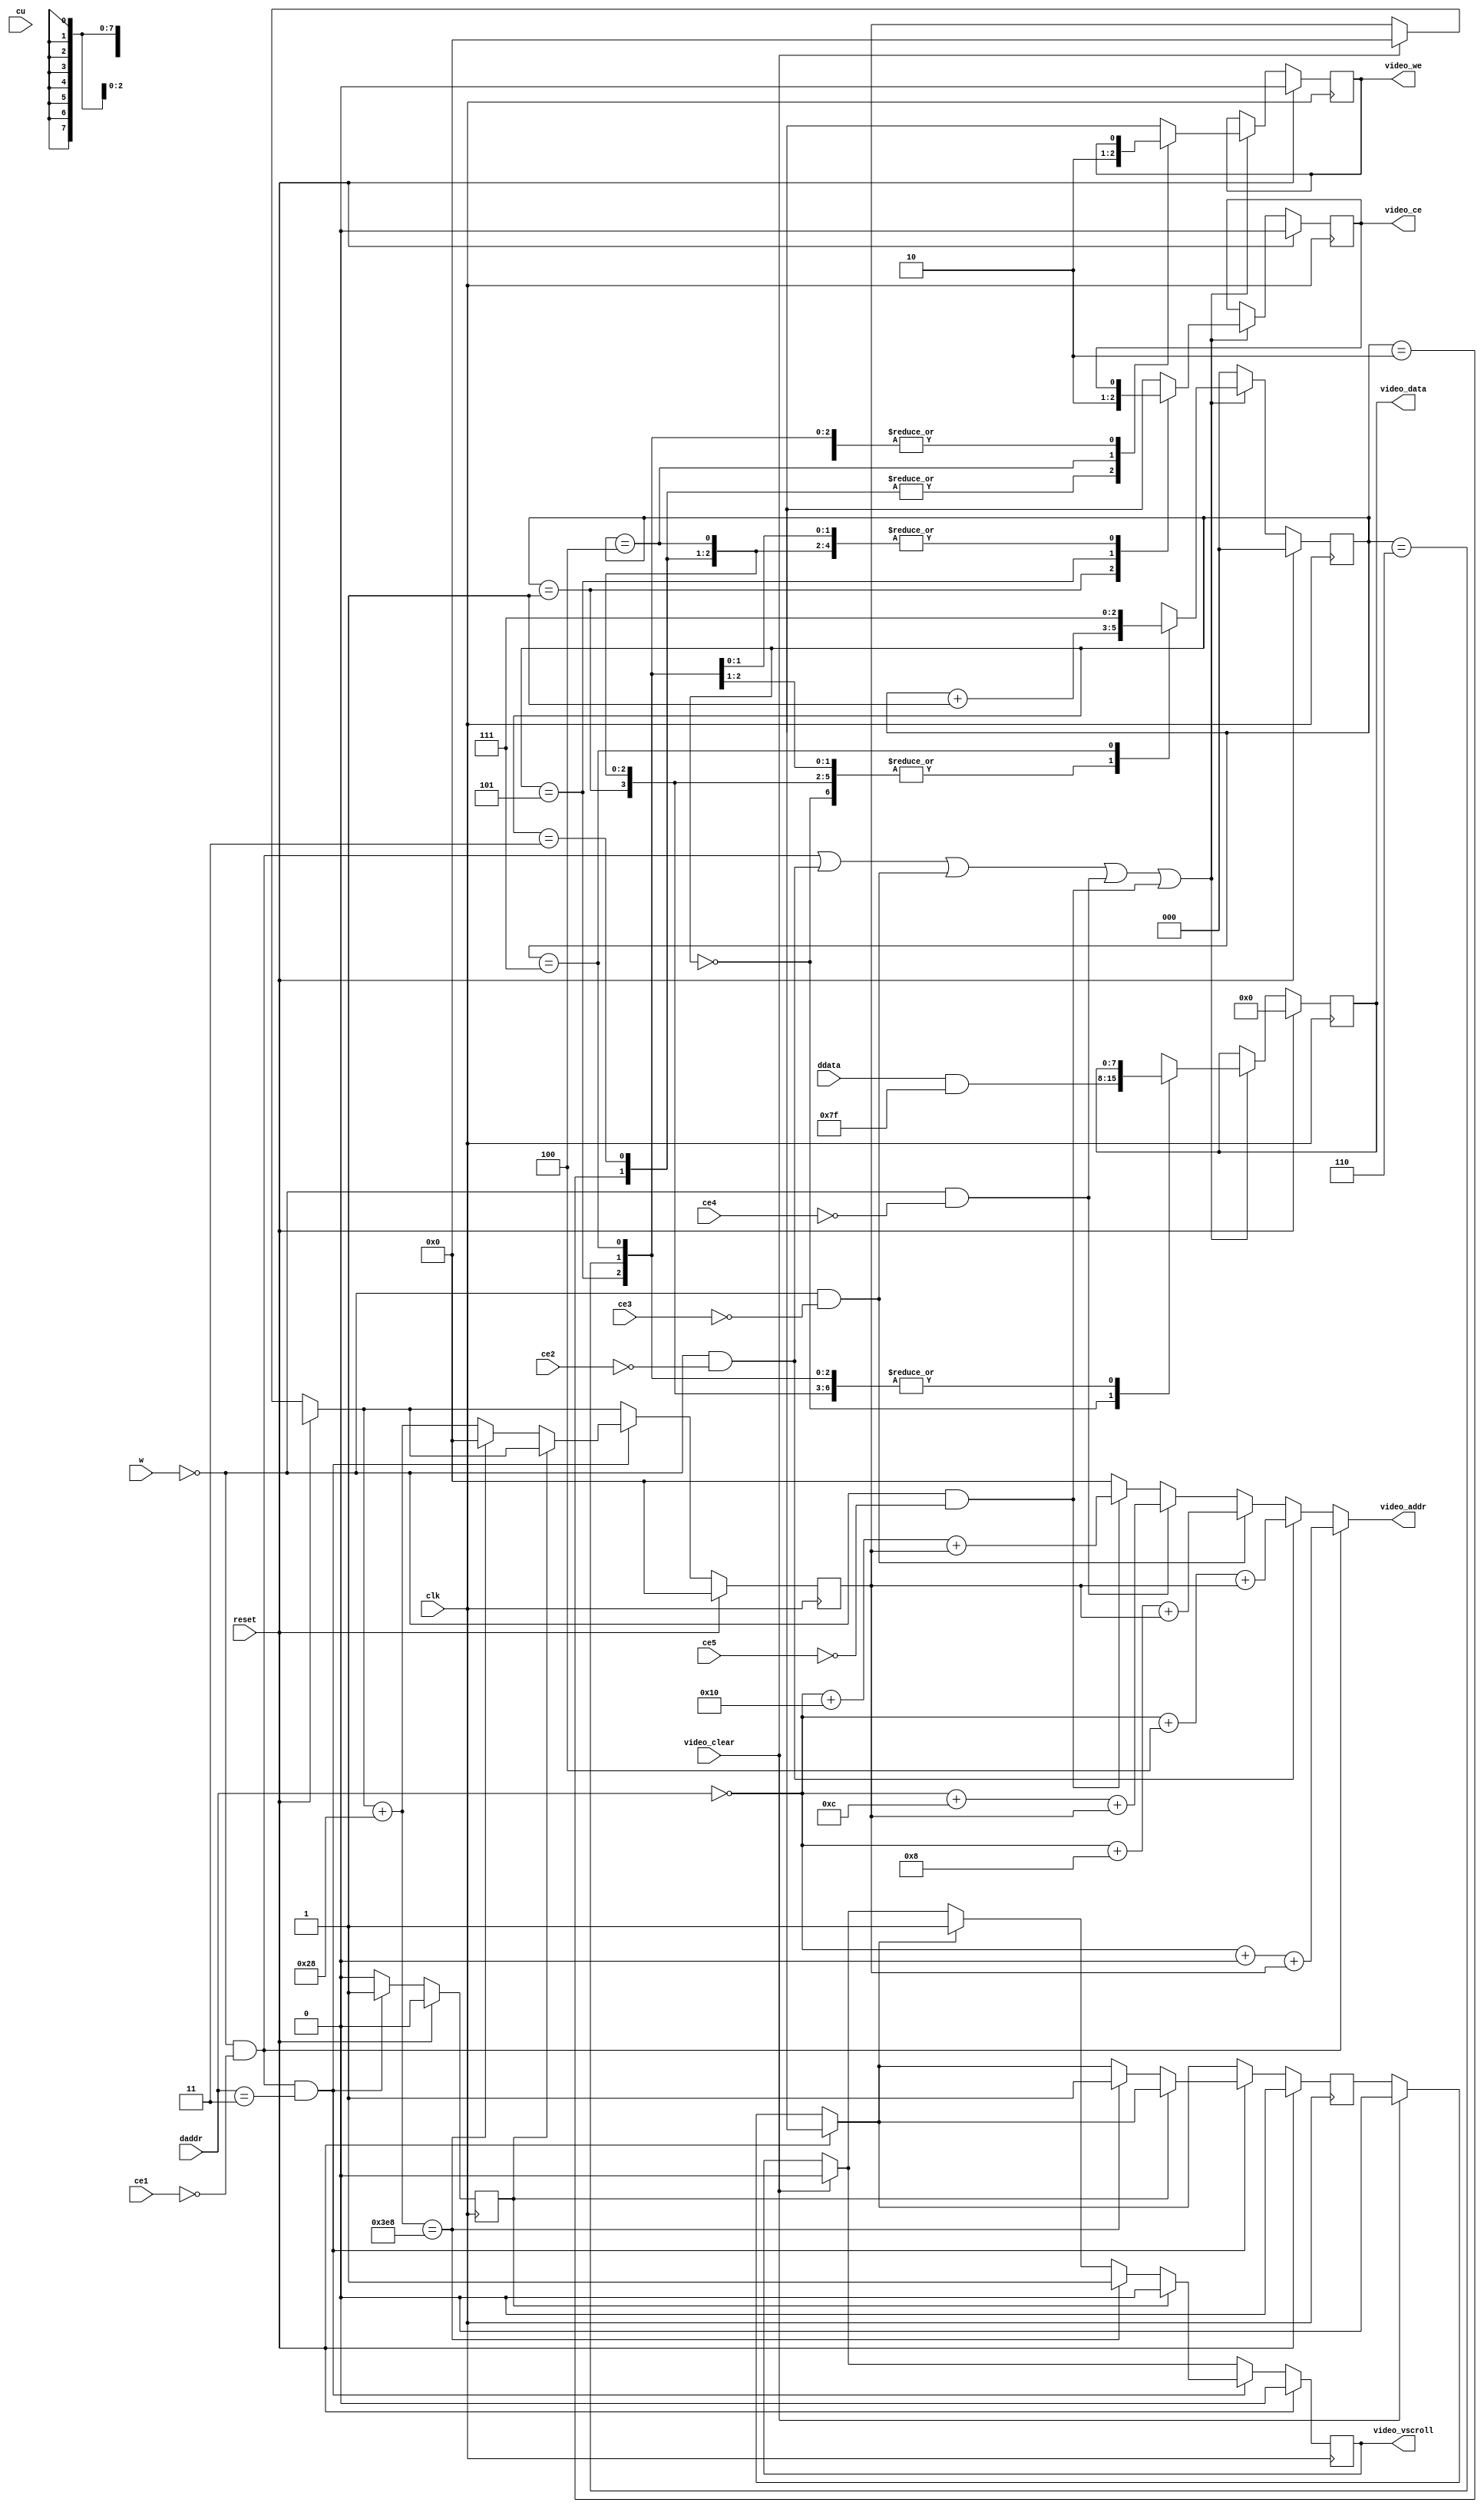
module aim65_display 
( 
	input 				clk,    // clock
	input 				reset,	// Reset (active low)
	input 				ce1 ,
	input 				ce2 ,
	input 				ce3 ,
	input 				ce4 ,
	input 				ce5 ,
	input 				w ,
	input 				cu ,
	input [1:0]			daddr ,
	input [7:0] 		ddata ,
	input 				video_clear,
	output	reg			video_vscroll,
	output		[9:0]	video_addr,
	output	reg	[7:0]	video_data,
	output	reg			video_ce,
	output	reg			video_we
);

reg	[2:0]	strobe_cntr;
reg			addr_inc_done;
reg	[9:0]	video_addr_ptr;
wire	[1:0]	neg_daddr; 
reg			scroll_status;

assign neg_daddr = ~daddr;

always@(posedge clk)		
begin			
	if (reset==1)
	begin 		
		video_ce = 1'b0;
		video_we = 1'b0; 
		video_data = 8'b00000000;
		strobe_cntr = 3'b000;
		video_addr_ptr = 0;
		addr_inc_done = 0;
		video_vscroll = 0;
		scroll_status = 0;
	end
	else
	begin
		if ( video_clear == 1 )
		begin
			video_addr_ptr = 0;
			video_vscroll = 0;
			scroll_status = 0;
		end
		if ( !w & !ce1 & ( daddr == 3 ) ) /* treat ce1 with we as a cr */
		begin			  
			if ( addr_inc_done == 0 )
			begin
				addr_inc_done = 1;
				video_addr_ptr = video_addr_ptr + 40;
				if ( scroll_status == 1 )
					video_vscroll = 1;
				if ( video_addr_ptr == 1000 )
				begin
					video_addr_ptr = 0;
					video_vscroll = 1;
					scroll_status = 1;
				end
			end
			else
				video_vscroll = 0;
		end		
		else
			addr_inc_done = 0;
					

		if (( !w & !ce1 ) || ( !w & !ce2 ) || ( !w & !ce3 ) || ( !w & !ce4 ) || ( !w & !ce5 ))
		begin 
			case ( strobe_cntr )
			0: 	begin
					strobe_cntr = strobe_cntr + 3'b001;
					video_data = ddata & 8'h7f;
				end
			1: 	begin
					strobe_cntr = strobe_cntr + 3'b001;
					video_ce = 1;
				end
			2: 	begin
					strobe_cntr = strobe_cntr + 3'b001;
					video_we = 1;
				end
			3: 	begin
					strobe_cntr = strobe_cntr + 3'b001;
					video_we = 1;
				end
			4: 	begin
					strobe_cntr = strobe_cntr + 3'b001;
					video_we = 0;
				end
			5: 	begin
					strobe_cntr = strobe_cntr + 3'b001;
					video_ce = 0;
				end
			6: 	begin
					strobe_cntr = strobe_cntr + 3'b001;
				end
			7: 	begin
					strobe_cntr = 3'b111;
				end
			endcase
		end
		else
			strobe_cntr = 3'b000;
	end
end

assign video_addr =
    ( !w & !ce1 ) ? {8'b0000000,neg_daddr} + 10'b00000000 + video_addr_ptr :
    ( !w & !ce2 ) ? {8'b0000000,neg_daddr} + 10'b00000100 + video_addr_ptr :
    ( !w & !ce3 ) ? {8'b0000000,neg_daddr} + 10'b00001000 + video_addr_ptr :
    ( !w & !ce4 ) ? {8'b0000000,neg_daddr} + 10'b00001100 + video_addr_ptr :
    ( !w & !ce5 ) ? {8'b0000000,neg_daddr} + 10'b00010000 + video_addr_ptr :
	9'b00000000;
// synopsys translate_off
reg	[7:0] 	digit0;
reg	[7:0] 	digit1;
reg	[7:0] 	digit2;
reg	[7:0] 	digit3;
reg	[7:0] 	digit4;
reg	[7:0] 	digit5;
reg	[7:0] 	digit6;
reg	[7:0] 	digit7;
reg	[7:0] 	digit8;
reg	[7:0] 	digit9;
reg	[7:0] 	digit10;
reg	[7:0] 	digit11;
reg	[7:0] 	digit12;
reg	[7:0] 	digit13;
reg	[7:0] 	digit14;
reg	[7:0] 	digit15;
reg	[7:0] 	digit16;
reg	[7:0] 	digit17;
reg	[7:0] 	digit18;
reg	[7:0] 	digit19;

always@(posedge clk)		
begin			
	if (reset==1)
	begin 		
		digit0 = 0;
		digit1 = 0;
		digit2 = 0;
		digit3 = 0;
		digit4 = 0;
		digit5 = 0;
		digit6 = 0;
		digit7 = 0;
		digit8 = 0;
		digit9 = 0;
		digit10 = 0;
		digit11 = 0;
		digit12 = 0;
		digit13 = 0;
		digit14 = 0;
		digit15 = 0;
		digit16 = 0;
		digit17 = 0;
		digit18 = 0;
		digit19 = 0;
	end
	else
	begin	
		if ( !w & !ce1 )					   
		begin					
			case(daddr)
				2'h0: digit3=ddata & 8'h7f;
				2'h1: digit2=ddata & 8'h7f;
				2'h2: digit1=ddata & 8'h7f;
				2'h3: digit0=ddata & 8'h7f;
			endcase
		end
		else if ( !w & !ce2 )					   
		begin					
			case(daddr)
				2'h0: digit7=ddata & 8'h7f;
				2'h1: digit6=ddata & 8'h7f;
				2'h2: digit5=ddata & 8'h7f;
				2'h3: digit4=ddata & 8'h7f;
			endcase
		end
		else if ( !w & !ce3 )					   
		begin					
			case(daddr)
				2'h0: digit11=ddata & 8'h7f;
				2'h1: digit10=ddata & 8'h7f;
				2'h2: digit9=ddata & 8'h7f;
				2'h3: digit8=ddata & 8'h7f;
			endcase	
		end
		else if ( !w & !ce4 )					   
		begin					
			case(daddr)
				2'h0: digit15=ddata & 8'h7f;
				2'h1: digit14=ddata & 8'h7f;
				2'h2: digit13=ddata & 8'h7f;
				2'h3: digit12=ddata & 8'h7f;
			endcase		
		end
		else if ( !w & !ce5)				   
		begin					
			case(daddr)
				2'h0: digit19=ddata & 8'h7f;
				2'h1: digit18=ddata & 8'h7f;
				2'h2: digit17=ddata & 8'h7f;
				2'h3: digit16=ddata & 8'h7f;
			endcase
		end
	end
end
// synopsys translate_on
endmodule